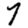
Digit: 7